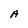
Character: A